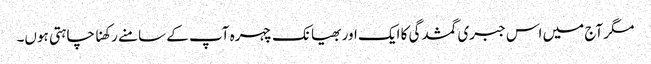
مگر آج میں اس جبری گمشدگی کا ایک اور بھیانک چہرہ آپ کے سامنے رکھنا چاہتی ہوں۔